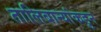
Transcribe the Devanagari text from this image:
तालिबान्यांकडुन